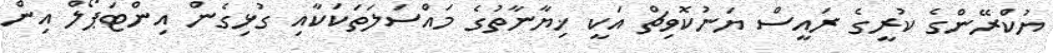
ޔުކްރޭންގެ ކުރީގެ ރައީސް ޔަނުކޮވިޗް އަކީ ޚިޔާނާތުގެ މައްސަލަތަކަކާއި ގުޅިގެން އިންޓަޕޯލް އިން